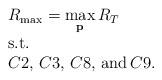
LaTeX: \begin{align*}\begin{array}{l}R_{\max}=\mathop {\max }\limits_{\bf p} {R_T}\\{\rm{s}}{\rm{.t}}{\rm{.}}\\C2,\,C3,\,C8,\,{\rm and}\,C9.\end{array}\end{align*}